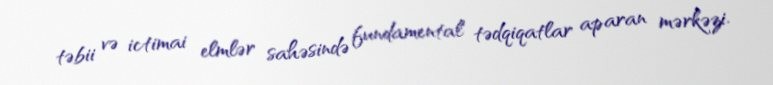
təbii və ictimai elmlər sahəsində fundamental tədqiqatlar aparan mərkəzi.